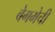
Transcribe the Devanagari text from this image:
बेगमेची